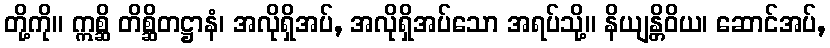
တို့ကို။ ဣစ္ဆိ တိစ္ဆိတဋ္ဌာနံ၊ အလိုရှိအပ်, အလိုရှိအပ်သော အရပ်သို့။ နိယျန္တိဝိယ၊ ဆောင်အပ်,